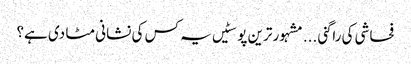
فحاشی کی راگنی ...	مشہور ترین پوسٹیں	یہ کس کی نشانی مٹا دی ہے؟